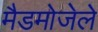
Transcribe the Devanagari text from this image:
मैडमोजेले